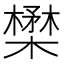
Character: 𪴈